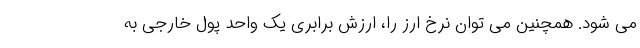
می شود. همچنین می توان نرخ ارز را، ارزش برابری یک واحد پول خارجی به